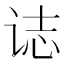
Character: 𰵧